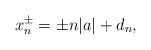
\begin{align*}x_n^{\pm} = \pm n|a| + d_n,\end{align*}